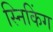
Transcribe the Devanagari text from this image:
स्निकिंग